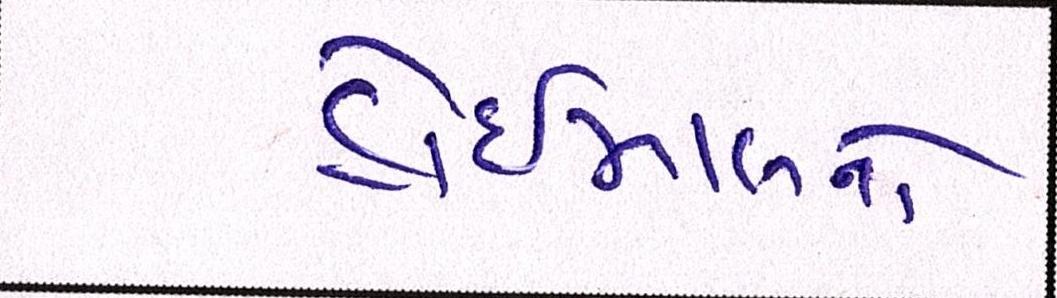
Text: હોઇમાલનો